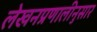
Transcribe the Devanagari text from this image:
लेखनप्रणालीनुसार